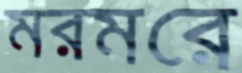
মরমরে